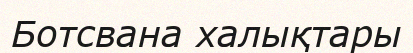
Ботсвана халықтары